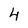
Character: 4